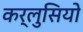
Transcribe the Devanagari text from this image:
कर्लुसियो